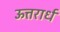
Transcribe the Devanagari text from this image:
ऊत्तरार्ध